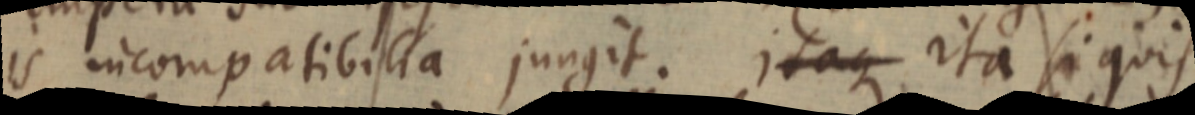
is incompatibilia jungit. itaque ita si quis